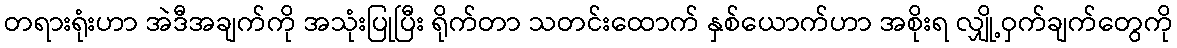
တရားရုံးဟာ အဲဒီအချက်ကို အသုံးပြုပြီး ရိုက်တာ သတင်းထောက် နှစ်ယောက်ဟာ အစိုးရ လျှို့ဝှက်ချက်တွေကို